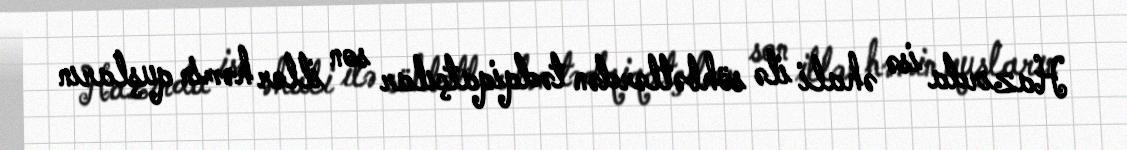
Hazırda isə əhali ilə söhbətlərdən tədqiqatçılar son illər həmin quşların